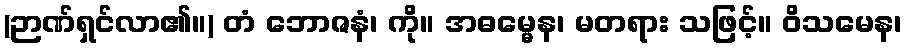
(ဉာဏ်ရှင်လာ၏။) တံ ဘောဇနံ၊ ကို။ အဓမ္မေန၊ မတရား သဖြင့်။ ဝိသမေန၊